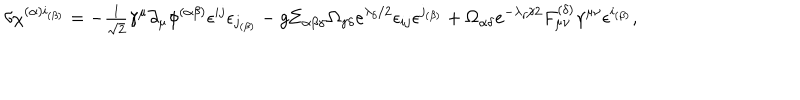
\delta \chi ^ { ( \alpha ) i _ { ( \beta ) } } = - { \textstyle { \frac { 1 } { \sqrt { 2 } } } } \gamma ^ { \mu } \partial _ { \mu } \phi ^ { ( \alpha \beta ) } \epsilon ^ { i j } \epsilon _ { j _ { ( \beta ) } } - g \Sigma _ { \alpha \beta \gamma } \Omega _ { \gamma \delta } e ^ { \lambda _ { \delta } / 2 } \epsilon _ { i j } \epsilon ^ { j _ { ( \beta ) } } + \Omega _ { \alpha \delta } e ^ { - \lambda _ { \delta } / 2 } F _ { \mu \nu } ^ { ( \delta ) } \gamma ^ { \mu \nu } \epsilon ^ { i _ { ( \beta ) } } ,